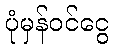
ပုံမှန်ဝင်ငွေ